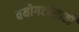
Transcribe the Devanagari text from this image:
वयोगटांसाठी